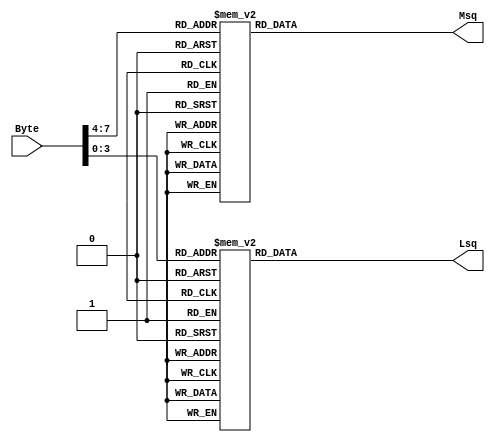
module Aff7SegHexa (Byte, Msq, Lsq);

parameter OUTPUT_POLARITY = 1; // '0' allume ou '1' allume

input [7:0] Byte;

output [0:6] Msq;
output [0:6] Lsq;
reg [0:6] iLsq;
reg [0:6] iMsq;

always @(Byte)
begin

	case (Byte[7:4])
		4'b0000 : iMsq[0:6] <= 7'b1111110;
		4'b0001 : iMsq[0:6] <= 7'b0110000;
		4'b0010 : iMsq[0:6] <= 7'b1101101;
		4'b0011 : iMsq[0:6] <= 7'b1111001;
		4'b0100 : iMsq[0:6] <= 7'b0110011;
		4'b0101 : iMsq[0:6] <= 7'b1011011;
		4'b0110 : iMsq[0:6] <= 7'b1011111;
		4'b0111 : iMsq[0:6] <= 7'b1110000;
		4'b1000 : iMsq[0:6] <= 7'b1111111;
		4'b1001 : iMsq[0:6] <= 7'b1111011;
		4'b1010 : iMsq[0:6] <= 7'b1110111;
		4'b1011 : iMsq[0:6] <= 7'b0011111;
		4'b1100 : iMsq[0:6] <= 7'b1001110;
		4'b1101 : iMsq[0:6] <= 7'b0111101;
		4'b1110 : iMsq[0:6] <= 7'b1001111;
		4'b1111 : iMsq[0:6] <= 7'b1000111;
	endcase
	
	case (Byte[3:0])
		4'b0000 : iLsq[0:6] <= 7'b1111110;
		4'b0001 : iLsq[0:6] <= 7'b0110000;
		4'b0010 : iLsq[0:6] <= 7'b1101101;
		4'b0011 : iLsq[0:6] <= 7'b1111001;
		4'b0100 : iLsq[0:6] <= 7'b0110011;
		4'b0101 : iLsq[0:6] <= 7'b1011011;
		4'b0110 : iLsq[0:6] <= 7'b1011111;
		4'b0111 : iLsq[0:6] <= 7'b1110000;
		4'b1000 : iLsq[0:6] <= 7'b1111111;
		4'b1001 : iLsq[0:6] <= 7'b1111011;
		4'b1010 : iLsq[0:6] <= 7'b1110111;
		4'b1011 : iLsq[0:6] <= 7'b0011111;
		4'b1100 : iLsq[0:6] <= 7'b1001110;
		4'b1101 : iLsq[0:6] <= 7'b0111101;
		4'b1110 : iLsq[0:6] <= 7'b1001111;
		4'b1111 : iLsq[0:6] <= 7'b1000111;
	endcase
	
end

assign Msq = (OUTPUT_POLARITY==1)?iMsq:~iMsq;
assign Lsq = (OUTPUT_POLARITY==1)?iLsq:~iLsq;

endmodule